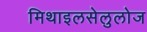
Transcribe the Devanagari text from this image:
मिथाइलसेलुलोज